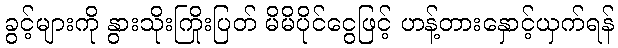
ခွင့်များကို နွားသိုးကြိုးပြတ် မိမိပိုင်ငွေဖြင့် ဟန့်တားနှောင့်ယှက်ရန်